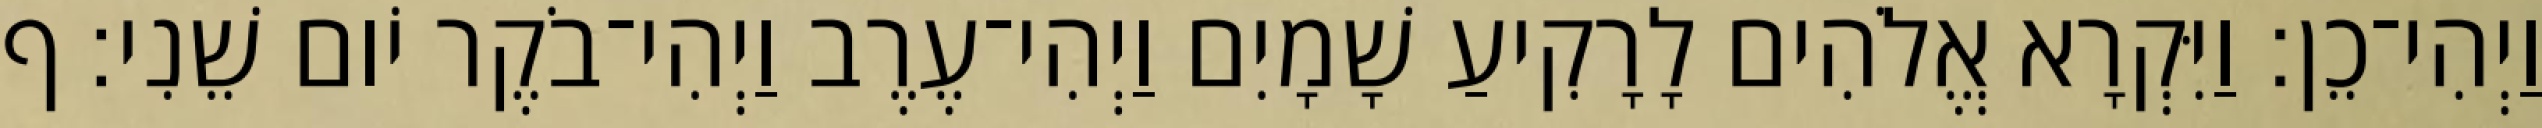
וַיְהִי־כֵן׃ וַיִּקְרָא אֱלֹהִים לָרָקִיעַ שָׁמָיִם וַיְהִי־עֶרֶב וַיְהִי־בֹקֶר יֹום שֵׁנִי׃ ף